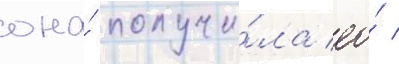
она́ получи́ла ео́ /